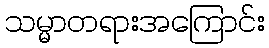
သမ္မာတရားအကြောင်း